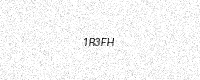
Text: 1R3FH